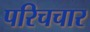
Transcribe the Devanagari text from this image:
परिचचार